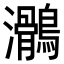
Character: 𪆸